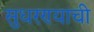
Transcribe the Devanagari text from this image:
सुधरण्याची